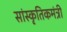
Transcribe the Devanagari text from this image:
सांस्कृतिकमंत्री